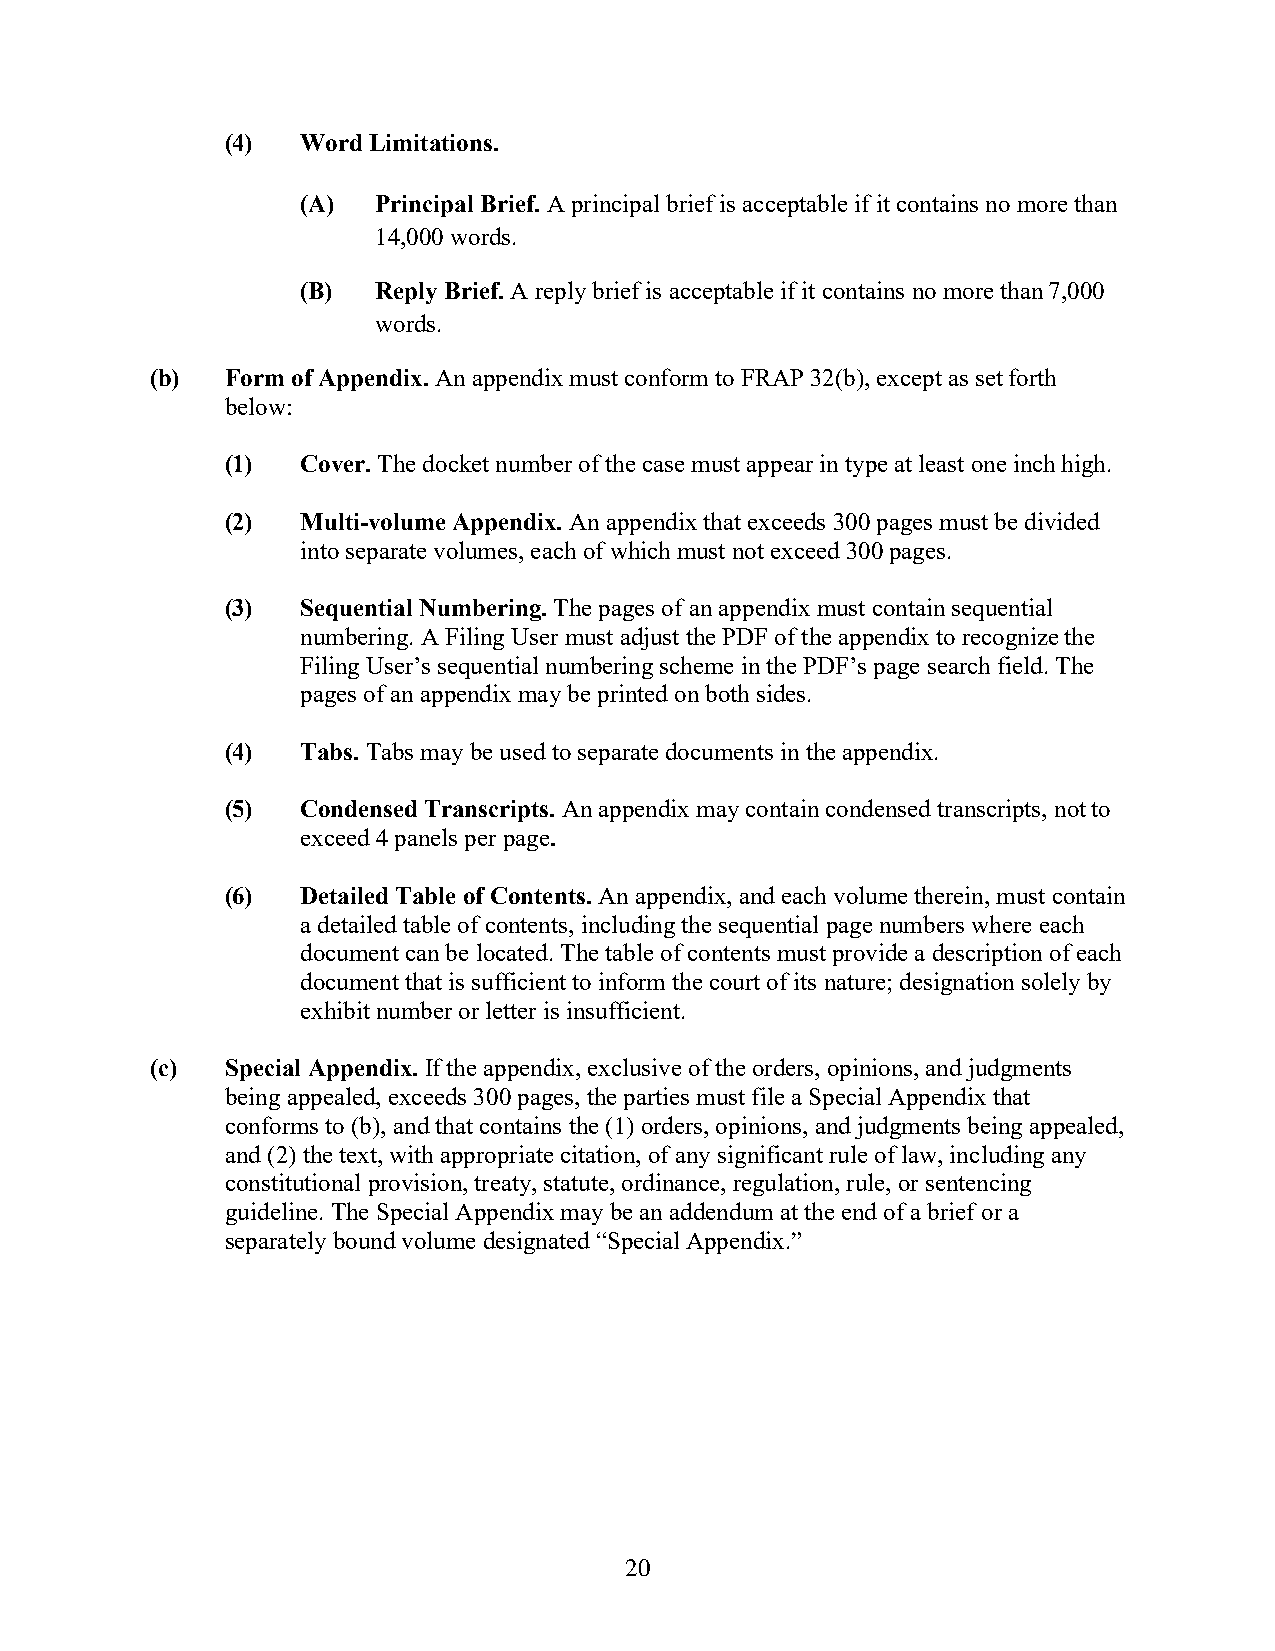
(4)  Word Limitations.
 (A)  Principal Brief. A principal brief is acceptable if it contains no more than
 14,000 words.
 (B)  Reply Brief. A reply brief is acceptable if it contains no more than 7,000
 words.
 (b)  Form of Appendix. An appendix must conform to FRAP 32(b), except as set forth
 below:
 (1)  Cover. The docket number of the case must appear in type at least one inch high.
 (2)  Multi-volume Appendix. An appendix that exceeds 300 pages must be divided
 into separate volumes, each of which must not exceed 300 pages.
 (3)  Sequential Numbering. The pages of an appendix must contain sequential
 numbering. A Filing User must adjust the PDF of the appendix to recognize the
 Filing User’s sequential numbering scheme in the PDF’s page search field. The
 pages of an appendix may be printed on both sides.
 (4)  Tabs. Tabs may be used to separate documents in the appendix.
 (5)  Condensed Transcripts. An appendix may contain condensed transcripts, not to
 exceed 4 panels per page.
 (6)  Detailed Table of Contents. An appendix, and each volume therein, must contain
 a detailed table of contents, including the sequential page numbers where each
 document can be located. The table of contents must provide a description of each
 document that is sufficient to inform the court of its nature; designation solely by
 exhibit number or letter is insufficient.
 (c)  Special Appendix. If the appendix, exclusive of the orders, opinions, and judgments
 being appealed, exceeds 300 pages, the parties must file a Special Appendix that
 conforms to (b), and that contains the (1) orders, opinions, and judgments being appealed,
 and (2) the text, with appropriate citation, of any significant rule of law, including any
 constitutional provision, treaty, statute, ordinance, regulation, rule, or sentencing
 guideline. The Special Appendix may be an addendum at the end of a brief or a
 separately bound volume designated “Special Appendix.”
 20